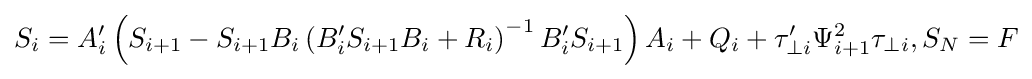
S_{i}=A'_{i}\left(S_{i+1}-S_{i+1}B_{i}\left(B'_{i}S_{i+1}B_{i}+R_{i}\right)^{-1}B'_{i}S_{i+1}\right)A_{i}+Q_{i}+\tau '_{\perp i}\Psi _{i+1}^{2}\tau _{\perp i},S_{N}=F